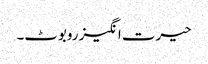
حیرت انگیز روبوٹ۔